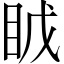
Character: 𪾤